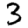
Digit: 3